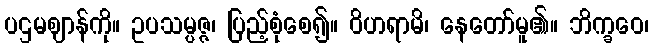
ပဌမဈာန်ကို။ ဥပသမ္ပဇ္ဇ၊ ပြည့်စုံစေ၍။ ဝိဟရာမိ၊ နေတော်မူ၏။ ဘိက္ခဝေ၊